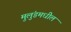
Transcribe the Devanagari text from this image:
मुलुंडमधील